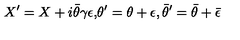
{ X ^ { \prime } = X + i \bar { \theta } \gamma \epsilon , } { } { \theta ^ { \prime } = \theta + \epsilon , { \bar { \theta } } ^ { \prime } = \bar { \theta } + \bar { \epsilon } }